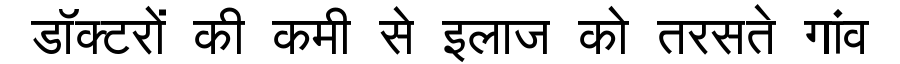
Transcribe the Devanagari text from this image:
डॉक्टरों की कमी से इलाज को तरसते गांव